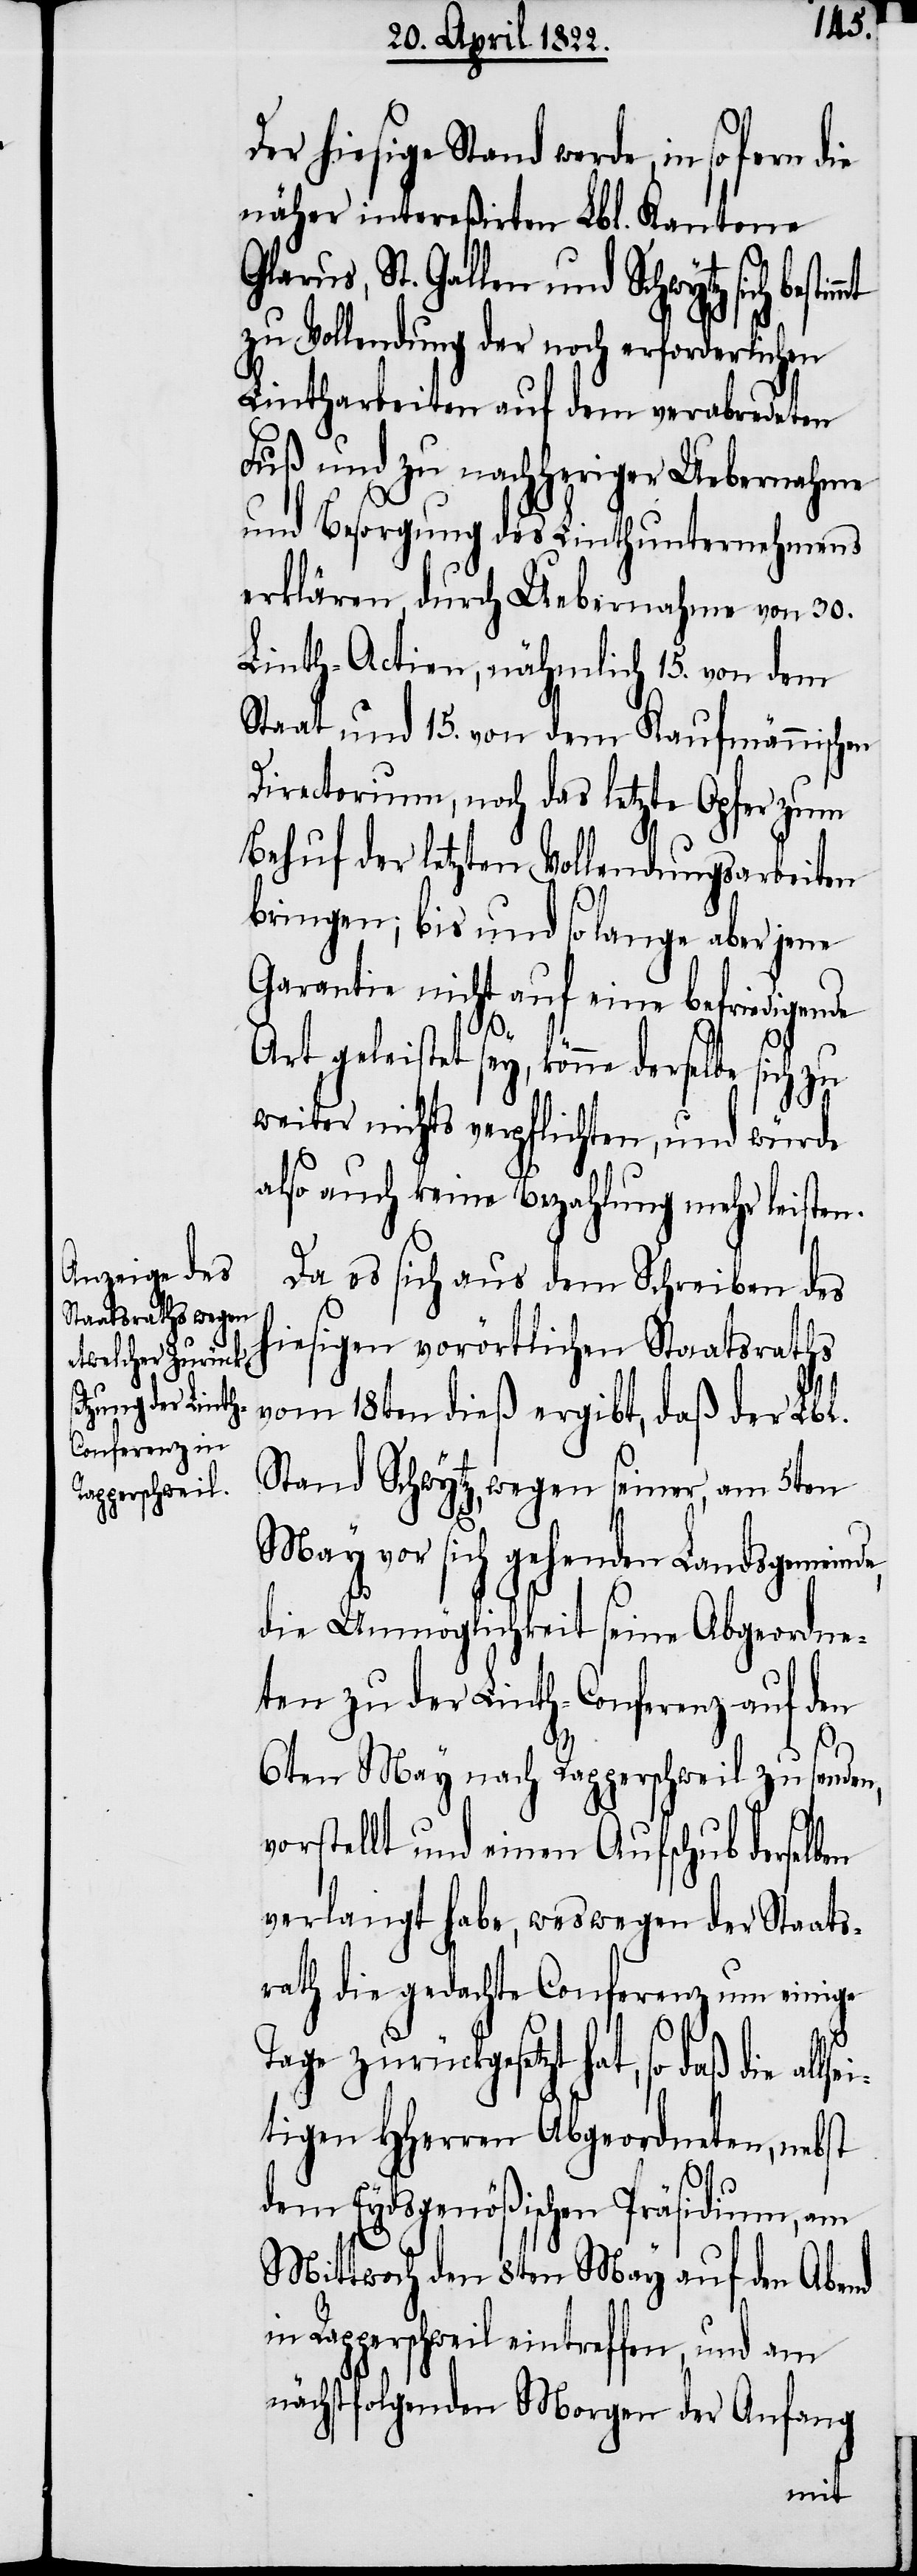
Der hiesige Stand werde, in
näher intereßirten Lbl. Kantone
Glarus, St. Gallen und Schwytz sich
zu Vollendung der noch erforderlichen
Lintharbeiten auf dem verabredeten
Fuß und zu nachheriger Uebernahme
und Besorgung des Linthunternehmens
erklären, durch Uebernahme von 30.
Linth-Actien, nämlich 15. von dem
Staat und 15. von dem Kaufmännischen
Directorium, noch das letzte Opfer zum
Behuf der letzten Vollendungsarbeiten
bringen; bis und so lange aber jene
Garantie nicht auf eine befriedigende
lsei¬
Art geleistet sey, könne derselbe sich zu
weiter nichts verpflichten, und würde
also auch keine Bezahlung mehr leisten.
Da es sich aus dem Schreiben des
hiesigen vorörtlichen Staatsraths
vom 18ten dieß ergibt, daß der Lbl.
Stand Schwytz, wegen seiner, am 5ten
May vor sich gehenden Landsgemeinde,
die Unmöglichkeit seine Abgeordne¬
ten zu der Linth-Conferenz auf den
6ten May nach Rapperschweil zu senden,
vorstellt und einen Aufschub derselb¬
verlangt habe, weswegen der Staats¬
rath die gedachte Conferenz um einige
al¬
Tage zurückgesetzt hat, so daß die
tigen HHerrn Abgeordneten, nebst
dem Eydsgenößischen Präsidium, am
Mittwoch den 8ten May auf den Abend
in Rapperschweil eintreffen, und am
nächstfolgenden Morgen der Anfang